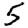
Digit: 5